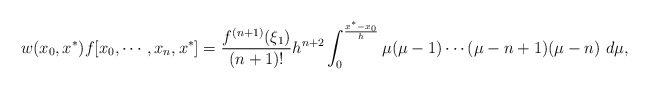
\begin{align*}\begin{aligned}w(x_0,x^*) f[x_0,\cdots, x_n,x^*]=\frac{f^{(n+1)}(\xi_1)}{(n+1)!}h^{n+2}\int_{0}^{\frac{x^*-x_0}{h}}\mu(\mu-1)\cdots(\mu-n+1)(\mu-n)\ d\mu,\end{aligned}\end{align*}